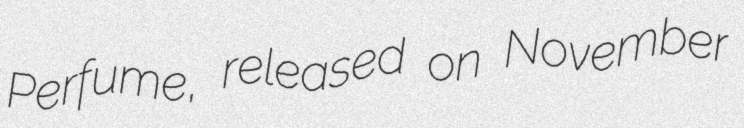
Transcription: Perfume, released on November